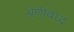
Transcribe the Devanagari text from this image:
श्रेणीबध्द